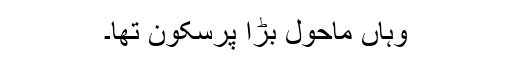
وہاں ماحول بڑا پرسکون تھا۔